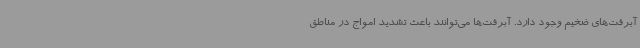
آبرفت‌های ضخیم وجود دارد. آبرفت‌ها می‌توانند باعث تشدید امواج در مناطق